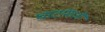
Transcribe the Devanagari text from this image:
घाटांमध्ये